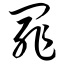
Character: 罪